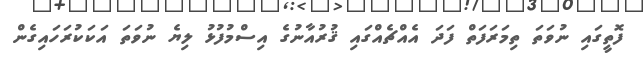
ފޮތީގައި ނުވަތަ ތިމަރަފަތް ފަދަ އެއްޗެއްގައި ޤުރުއާނުގެ އިސްމުފުޅު ލިޔެ ނުވަތަ އަކަކުރަހައިގެން